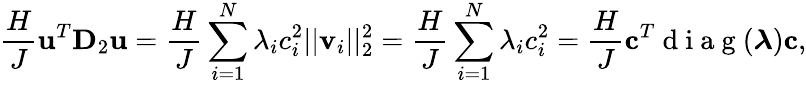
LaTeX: \frac{H}{J}\mathbf{u}^{T}\mathbf{D}_{2}\mathbf{u}=\frac{H}{J}\sum_{i=1}^{N}\lambda_{i}c_{i}^{2}||\mathbf{v}_{i}||_{2}^{2}=\frac{H}{J}\sum_{i=1}^{N}\lambda_{i}c_{i}^{2}=\frac{H}{J}\mathbf{c}^{T}\mathrm{~d~i~a~g~}(\boldsymbol{\lambda})\mathbf{c},